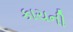
કાચની